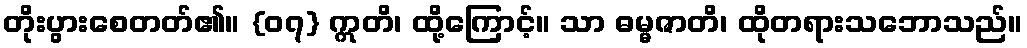
တိုးပွားစေတတ်၏။ {၀၇} ဣတိ၊ ထို့ကြောင့်။ သာ ဓမ္မဇာတိ၊ ထိုတရားသဘောသည်။